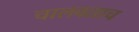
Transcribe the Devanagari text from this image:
चालवताच